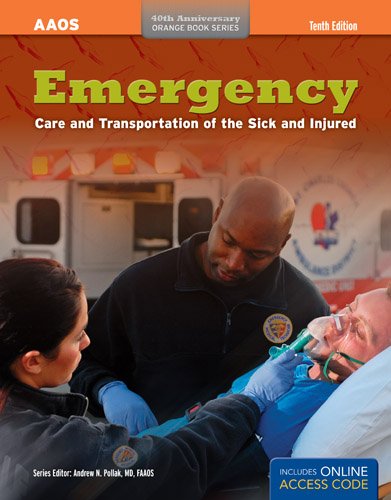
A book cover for Emergency Care And Transportation Of The Sick And Injured (Orange Book Series); American Academy of Orthopaedic Surgeons (AAOS); Medical Books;